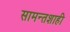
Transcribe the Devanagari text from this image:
सामन्तशाही